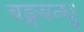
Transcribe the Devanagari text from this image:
बङ्गबन्धु